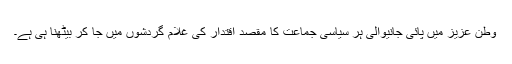
وطن عزیز میں پائی جانیوالی ہر سیاسی جماعت کا مقصد اقتدار کی غلام گردشوں میں جا کر بیٹھنا ہی ہے۔